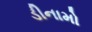
ડીનામો